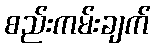
စည်းကမ်းချက်